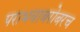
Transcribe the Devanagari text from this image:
पराभवाबरोबरच